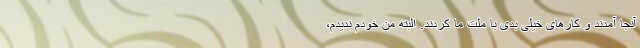
آنجا آمدند و کارهای خیلی بدی با ملت ما کردند. البته من خودم ندیدم،